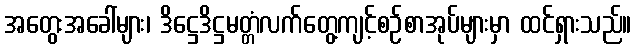
အတွေးအခေါ်များ၊ ဒိဋ္ဌေဒိဋ္ဌမတ္တံလက်တွေ့ကျင့်စဉ်စာအုပ်များမှာ ထင်ရှားသည်။